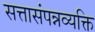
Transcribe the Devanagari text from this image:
सत्तासंपन्नव्यक्ति